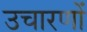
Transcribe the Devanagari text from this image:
उचारणों